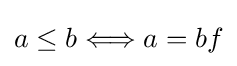
a\leq b\Longleftrightarrow a=bf